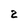
Character: 2